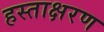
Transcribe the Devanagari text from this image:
हस्ताक्षरण